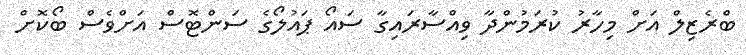
ބްރެޒިލް އަށް މިހާރު ކުރަމުންދާ ވިއްސާރައިގާ ސައޯ ޕައުލޯގެ ސަންޓޮސް އަށްވެސް ބޯކޮށް